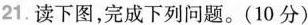
21.读下图，完成下列问题。(10分)